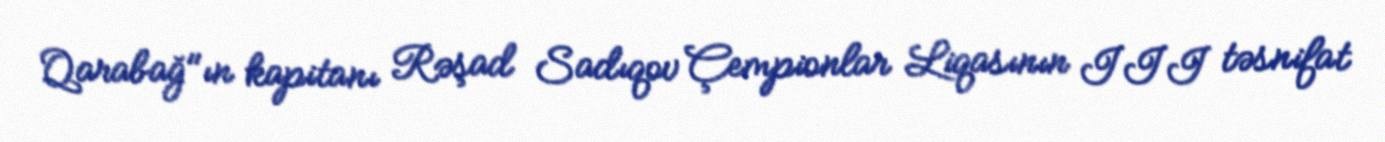
Qarabağ"ın kapitanı Rəşad Sadıqov Çempionlar Liqasının III təsnifat